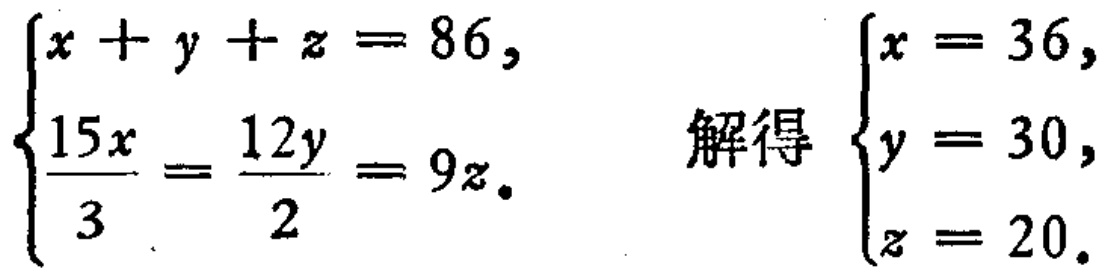
\[\begin{cases}
x + y + z = 86,\\
\frac{15x}{3}=\frac{12y}{2}= 9z.
\end{cases}
\]
解得
\[\begin{cases}
x = 36,\\
y = 30,\\
z = 20.
\end{cases}
\]